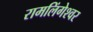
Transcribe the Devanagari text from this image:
रामलिंगेश्‍वर